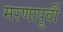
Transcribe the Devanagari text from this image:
मरणापूर्वी